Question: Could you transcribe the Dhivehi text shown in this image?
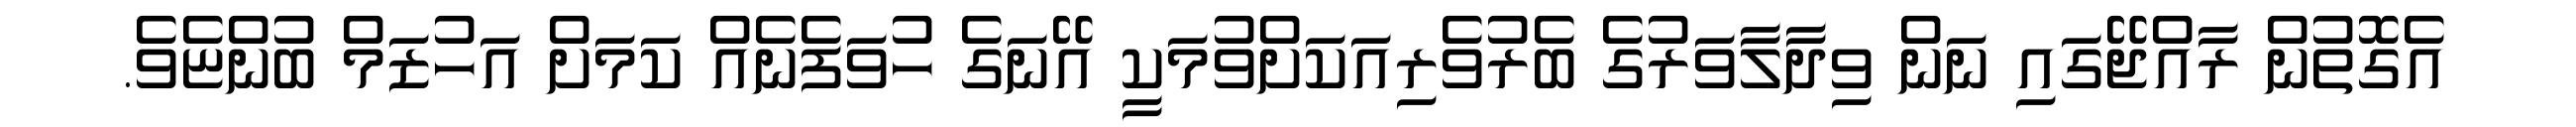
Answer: އެގޮތުން ރާއްޖޭގައި ނަން ވިދާލާވަރުގެ ބެރުވެރިއަކަށްވުމަކީ އޭނަގެ ހުވަފެނެއް ކަމަށް އަހުޒަމް ބުންޏެވެ.